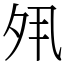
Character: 𡖊